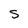
Character: S